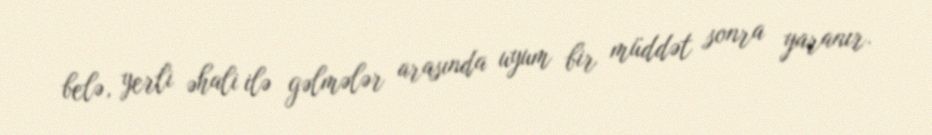
belə, yerli əhali ilə gəlmələr arasında uyum bir müddət sonra yaranır.